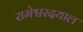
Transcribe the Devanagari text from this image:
रामेश्वरदयाल